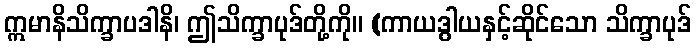
ဣမာနိသိက္ခာပဒါနိ၊ ဤသိက္ခာပုဒ်တို့ကို။ (ကာယဒွါယနှင့်ဆိုင်သော သိက္ခာပုဒ်